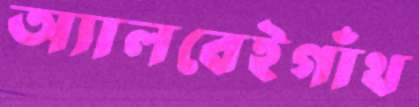
অ্যালবেইগাঁথ